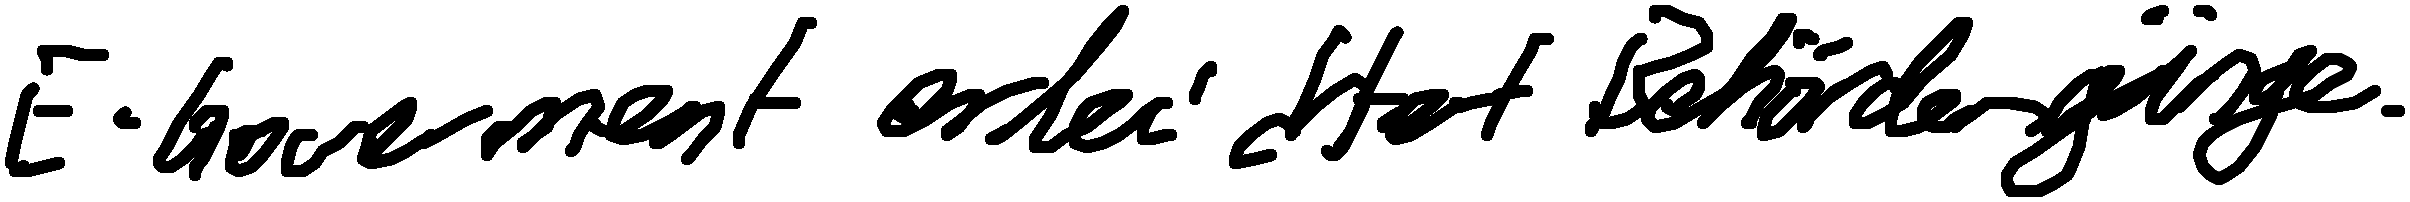
E-Government erleichtert Behördengänge.